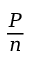
\frac { P } { n }